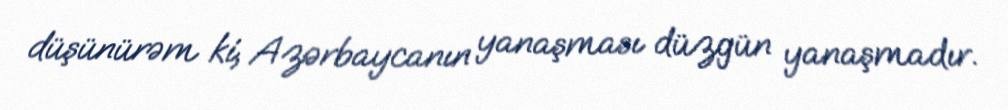
düşünürəm ki, Azərbaycanın yanaşması düzgün yanaşmadır.